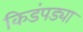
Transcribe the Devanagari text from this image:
किडंपड्या